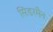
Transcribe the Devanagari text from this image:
सिंडरमैन